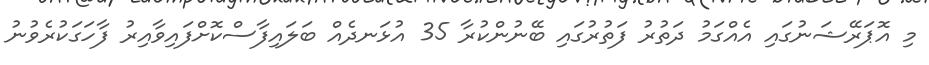
މި އޮޕަރޭޝަނުގައި އެއްގަމު ދަތުރު ފަތުރުގައި ބޭނުންކުރާ 35 އުޅަނދެއް ބަލައިފާސްކޮށްފައިވާއިރު ފާހަގަކުރެވުނު